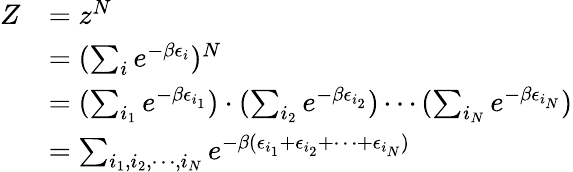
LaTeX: \begin{array}{rl}{Z}&{=z^{N}}\\ &{=(\sum_{i}e^{-\beta\epsilon_{i}})^{N}}\\ &{=(\sum_{i_{1}}e^{-\beta\epsilon_{i_{1}}})\cdot(\sum_{i_{2}}e^{-\beta\epsilon_{i_{2}}})\cdots(\sum_{i_{N}}e^{-\beta\epsilon_{i_{N}}})}\\ &{=\sum_{i_{1},i_{2},\cdots,i_{N}}e^{-\beta(\epsilon_{i_{1}}+\epsilon_{i_{2}}+\cdots+\epsilon_{i_{N}})}}\end{array}